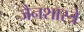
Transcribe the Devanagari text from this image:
जैनशास्त्रे